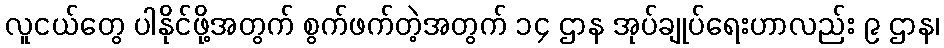
လူငယ်တွေ ပါနိုင်ဖို့အတွက် စွက်ဖက်တဲ့အတွက် ၁၄ ဌာန အုပ်ချုပ်ရေးဟာလည်း ၉ ဌာန၊